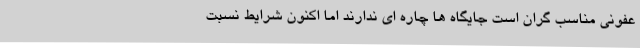
عفونی مناسب گران است جایگاه ها چاره ای ندارند اما اکنون شرایط نسبت